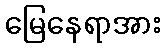
မြေနေရာအား